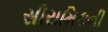
સીરામિકની